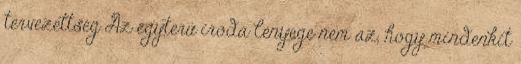
tervezettség Az egyterű iroda lényege nem az, hogy mindenkit